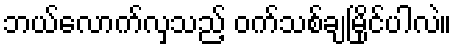
ဘယ်လောက်လှသည့် ဝက်သစ်ချမြိုင်ပါလဲ။